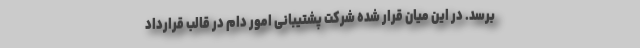
برسد. در این میان قرار شده شرکت پشتیبانی امور دام در قالب قرارداد